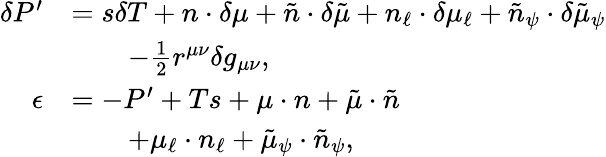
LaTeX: \begin{array}{rl}{\delta P^{\prime}}&{=s\delta T+n\cdot\delta\mu+\tilde{n}\cdot\delta\tilde{\mu}+n_{\ell}\cdot\delta\mu_{\ell}+\tilde{n}_{\psi}\cdot\delta\tilde{\mu}_{\psi}}\\ &{\qquad-\frac{1}{2}r^{\mu\nu}\delta g_{\mu\nu},}\\ {\epsilon}&{=-P^{\prime}+Ts+\mu\cdot n+\tilde{\mu}\cdot\tilde{n}}\\ &{\qquad+\mu_{\ell}\cdot n_{\ell}+\tilde{\mu}_{\psi}\cdot\tilde{n}_{\psi},}\end{array}